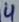
Text: 4